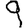
Digit: 9